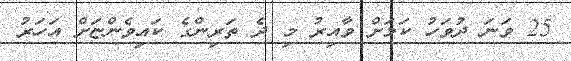
25 ވަނަ ދުވަހު ކަމަށް ވާއިރު މި ދެ ތަރިންގެ ކައިވެންޏަށް އަހަރު